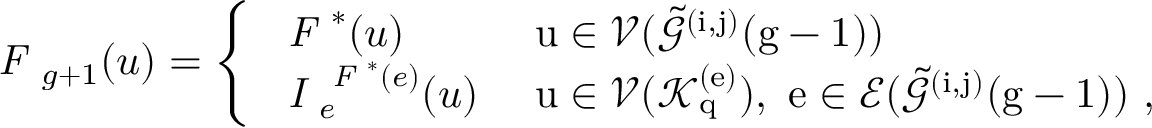
\emph { F } _ { g + 1 } ( u ) = \left\{ \begin{array} { l l } { \emph { F } ^ { * } ( u ) } & { \mathrm { ~ u \in \mathcal { V } ( \mathcal { \tilde { G } } ^ { ( i , j ) } ( g - 1 ) ) ~ } } \\ { \emph { I } _ { e } ^ { \emph { F } ^ { * } ( e ) } ( u ) } & { \mathrm { ~ u \in \mathcal { V } ( \mathcal { K } _ q ^ { ( e ) } ) , ~ e \in \mathcal { E } ( \mathcal { \tilde { G } } ^ { ( i , j ) } ( g - 1 ) ) ~ } , } \end{array} \right.